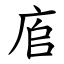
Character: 㢂